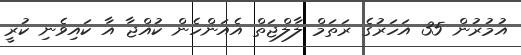
އުމުރުން 35 އަހަރުގެ ރަތަމް ލާލްޖަތް އެއަންހެން ކުއްޖާ އާ ކައިވެނި ކުރީ